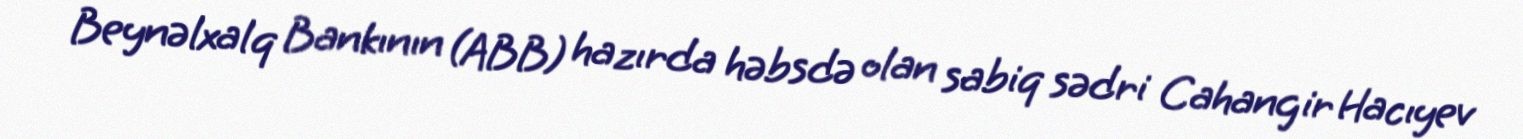
Beynəlxalq Bankının (ABB) hazırda həbsdə olan sabiq sədri Cahangir Hacıyev